Annual statistical returns and brief notes on vaccination in Bengal - 1896-1909
Year: 1896
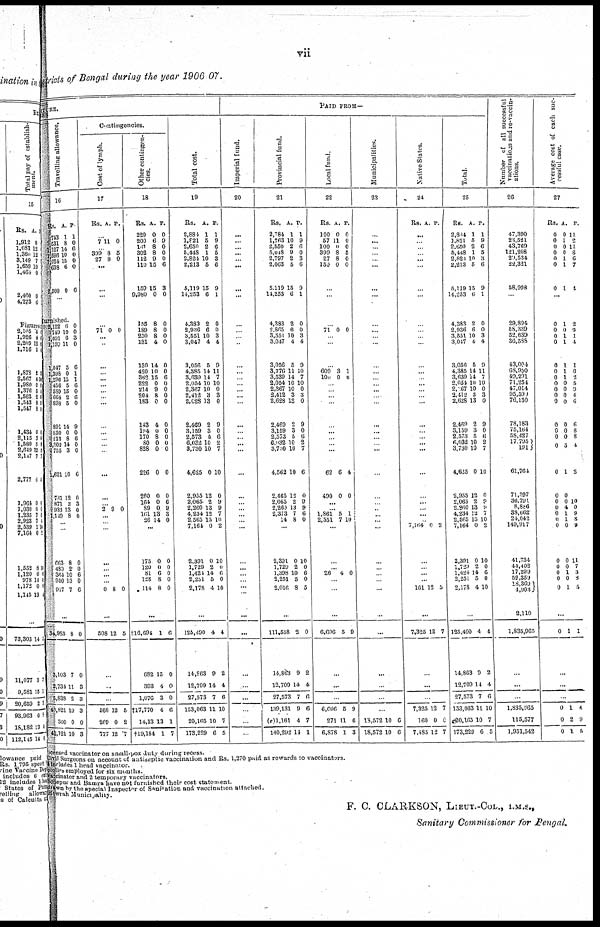
vii
Districts of Bengal during the year 1906-07.
TURE.
Travelling allowance.
16
Rs.
743
531
1,127
1,596
1,024
638
2,500
A.
1
8
14
10
15
6
0
P.
1
0
6
0
0
0
6
...
Furnished.
2,122
749
1,091
1,199
1,047
1,398
1,296
456
589
664
898
891
850
813
3,302
755
1,621
761
871
933
1,119
6
10
6
11
5
0
15
5
15
2
5
14
0
8
14
3
10
12
2
13
8
0
0
3
0
6
1
1
6
0
6
0
9
0
6
0
0
6
0
3
0 0
...
...
663
480
364
950
917
8
2
10
13
7
0
0
6
0
6
...
34,983
3,103
2,734
5,838
40,821
300
41,121
8
7
11
2
10
0
10
0
0
8
3
3
0
3
Contingencies.
Cent of lymph.
17
Rs. A. P.
...
7 11 0
... 399
27
8
8
5
0
...
...
...
...
71 0 0
...
...
...
...
...
...
...
...
...
...
... ...
...
...
...
...
... 2 9 0
...
...
...
...
...
...
...
0 8 0
...
508 12 5
...
...
...
568
269
777
12
0
12
5
2
7
Other contingen-
cies.
18
Rs.
229
200
141
302
112
110
159
9,980
A.
0
6
8
8
9
15
15
0
P.
0
9
0
0
0
6
3
0
155
189
250
131
130
420
362
222
214
204
183
143
194
170
80
828
226
260
164
89
161
26
8
8
8
4
14
10
15
0
9
8
0
4
0
8
0
0
0
0
0
0
13
14
0
0
0
0
0
0
6
0
0
0
0
0
0
0
0
0
0
0
6
9
3
0
...
175
120
81
128
114
0
0
6
8
8
0
0
0
0
0
...
†16,694
682
393
1,076
†17,770
14,13
†19,184
1
15
4
3
4
13
1
6
0
0
0
6
1
7
Total cost.
19
Rs.
2,884
1,821
2,650
5,448
2,824
2,213
5,119
14,253
A.
1
5
2
1
10
5
15
6
P.
1
9
6
5
3
6
9
1
4,383
2,936
3,551
3,047
3,056
4,385
3,639
2,054
2,367
2,412
2,028
2,469
3,159
2,573
6,032
3,730
4,625
2,955
2,065
2,260
4,234
2,565
7,164
2,391
1,729
1,424
2,251
2,178
2
6
10
4
5
14
14
10
10
3
13
2
3
5
10
10
0
12
2
13
12
15
0
0
2
14
5
4
0
0
3
4
9
11
7
10
0
3
0
9
0 6
2
7
10
0
9
9
7
10
2
10
0
6 0
10
...
125,490
14,863
12,709
27,573
153,063
20,165
173,229
4
9
14
7
11
10
6
4
2
4
6
10
7
5
PAID FROM—
Imperial fund.
20
...
...
...
...
...
...
...
...
...
...
...
...
...
...
...
...
...
...
...
...
... ...
...
...
...
...
...
... ...
... ...
...
...
...
...
...
...
...
...
...
...
...
...
...
...
Provincial fund.
21
Rs.
2,784
1,763
2,550
5,048
2,797
2,063
5,119
14,253
A.
1
10
2
9
2
5
15
6
P.
1
9
6
0
3
6
9
1
4,383
2,865
3,551
3,047
3,056
3,776
3,539
2,054
2,367
2,412
2,628
2,469
3,159
2,573
6,032
3,720
4,562
2,465
2,065
2,260
2,373
14
2
6
10
4
5
11
14
10
10
3
13
2
3
5
10
10
10
12
2
13
7
8
0
0
3
4
9
10
7
10
0
3
0
9
0
6
2
7
6
0
9
9
6
0
...
2,391
1,729
1,398
2,251
2,016
0
2
10
5
8
10
0
6
0
5
...
111,558
14,863
12,709
27,573
139,131
(e)1,161
140,292
2
9
14
7
9
4
11
0
2
4
6
6
7
1
Local fund.
22
Rs.
100
57
100
399
27
150
A.
0
11
0
8
8
0
P.
0
0
0
5
0
0
...
...
... 71 0 0
...
...
...
609
100
3
0
1
0
...
...
...
...
...
...
...
...
...
62
490
6
0
4
0
...
... 1,861
2,531
5
7
1
10
...
...
...
26
4 0
...
...
...
6,606 5 9
...
...
...
6,606
271
6,878
5
11
1
9
6
3
Municipalities
23
...
...
...
...
... ...
...
...
... ...
...
...
...
...
...
...
...
...
...
...
...
...
... ...
...
...
...
...
... ...
...
...
...
...
...
...
...
...
...
...
...
...
18,572
18,572
10
10
6
6
Native States.
24
Rs. A. P.
...
...
...
... ... ...
...
...
...
...
...
...
...
...
... ...
...
...
...
...
...
...
...
...
...
...
...
... ...
... 7,164 0 2
...
...
...
...
161 12 5
...
7,325 12 7
...
...
...
7,325
160
7,485
12
0
12
7
0
7
Total.
25
Rs.
2,884
1,821
2,650
5,448
2,821
2,213
5,119
14,253
A.
1
5
2
1
10
5
15
6
P.
1
9
6
5
3
6
9
1
4,383
2,936
3,551
3,047
3,056
4,385
3,639
2,054
2,067
2,412
2,628
2,469
3,159
2,573
6,032
3,730
4,625
2,955
2,065
2,260
4,234
2,565
7,164
2,391
1,729
1,424
2,251
2,178
2
6
10
4
5
14
14
10
10
3
13
2
3
5
10
10
0
12
2
13
12
15
0
0
2
14
5
4
0
0
3
4
9
11
7
10
0
3
0
9
0
6
2 7
10
0
9
9 7
10
2
10
0
6
0
10
...
125,490
14,863
12,709
27,573
153,063
20,163
173,229
4
9
14
7
11
10
6
4
2
4
6
10
7
5
Number of all successful
vaccinations and re-vaccin-
ations.
26
47,390
23,521
43,769
121,208
20,534
22,321
58,998
...
29,894
58,339
52,639
36,588
43,004
68,950
49,291
71,254
47,014
95,599
76,150
78,183
75,164
58,427
17,795
191
61,764
71,397
36,791
8,886
38,662
24,042
149,917
41,734
44,402
17,299
52,359
18,369
4,903
2,110
1,835,965
...
...
1,835,965
115,577
1,951,542
Average cost of each suc-
cessful case.
27
Rs.
0
0
0
0
0
0
0
A.
0
1
0
0
1
1
1
P.
11
2
11
8
6
7
4
...
0
0
0
0
0
0
0 0
0
0
9
0
0 0
0
0
0
0
0
0
0
0
0
0
0
0
0
1 0
1
1
1
1
1 0
0
0
0
0
0 0
5
1
0
0
4
1
1
0
0
0
1
0
1
2
9 1
4
1
0
2 5
3
4
6
6
8 8
4
2
10
0
9
8
9
11
7
3
8
5
...
0 1 1
...
...
0
0
0
1
2
1
4
9
5
licensed vaccinator on small-pox duty during recess.
Civil Surgeons on account of antiseptic vaccination and Rs. 1,270 paid as rewards to vaccinators.
includes 1 head vaccinator.
coolies, employed for six months.
vaccinator and 2 temporary vaccinators.
Sonepur and Bamra have not furnished their cost statement.
drawn by the special Inspector of Sanitation and vaccination attached.
Howrah Municipality.
F. C. CLARKSON, LIEUT.-COL., I.M.S.,
Sanitary Commissioner for Bengal.